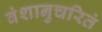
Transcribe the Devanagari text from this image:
वंशानुचरितं